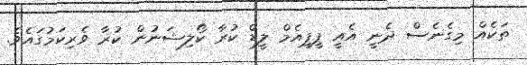
ތަކެއް މިގެނެސް ދެނީ އެއީ ޕީޕީއެމް ލީޑް ކުރާ ކޯލިޝަނުން ކުރާ ވެރިކަމުގައެވެ.